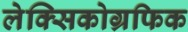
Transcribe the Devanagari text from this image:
लेक्सिकोग्रफिक